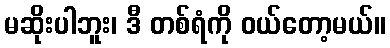
မဆိုးပါဘူး၊ ဒီ တစ်ရံကို ဝယ်တော့မယ်။